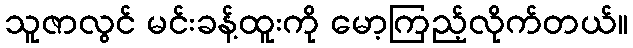
သူဇာလွင် မင်းခန့်ထူးကို မော့ကြည့်လိုက်တယ်။